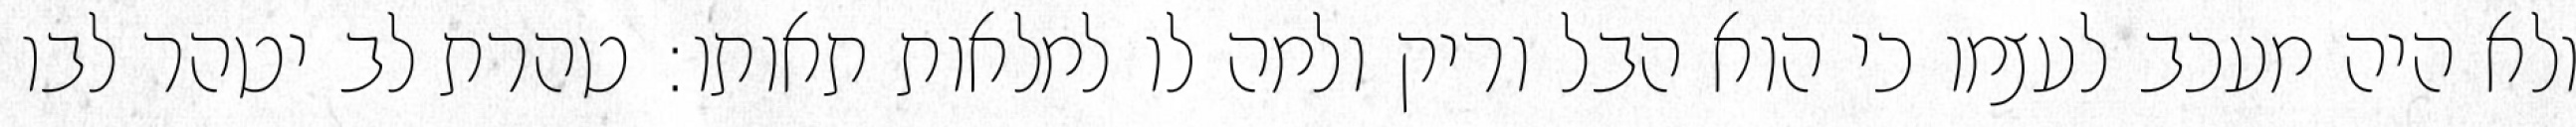
ולא היה מעכב לעצמו כי הוא הבל וריק ולמה לו למלאות תאותו: טהרת לב יטהר לבו